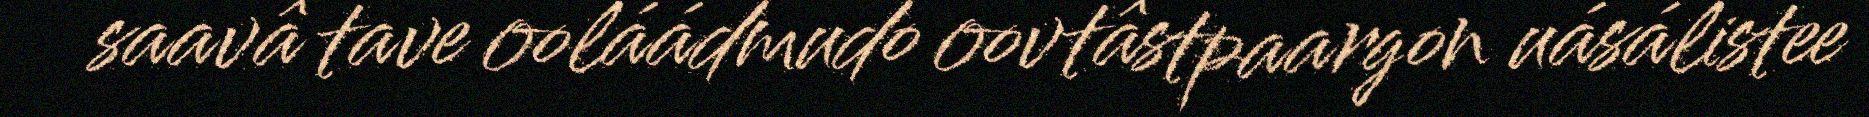
saavâ tave ooláádmudo oovtâstpaargon uásálistee